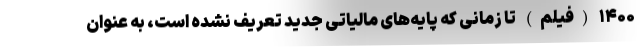
۱۴۰۰ (فیلم) تا زمانی که پایه‌های مالیاتی جدید تعریف نشده است، به عنوان